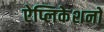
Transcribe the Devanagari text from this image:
ऐप्लिकेशनों